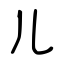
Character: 儿